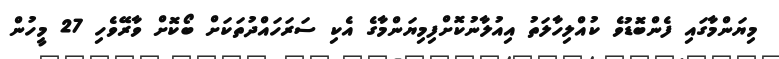
މިޔަންމާގައި ފެންބޮޑުވެ ކުއްލިހާލަތު އިއުލާނުކޮށްފިމިޔަންމާގެ އެކި ސަރަހައްދުތަކަށް ބޯކޮށް ވާރޭވެހި 27 މީހުން